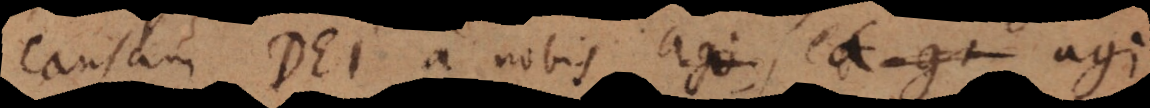
causam Dei a nobis agi, (etiam